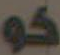
كو